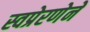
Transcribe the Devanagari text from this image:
स्वप्रेरणेने